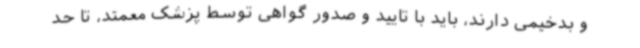
و بدخیمی دارند، باید با تایید و صدور گواهی توسط پزشک معمتد، تا حد